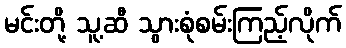
မင်းတို့ သူ့ဆီ သွားစုံစမ်းကြည့်လိုက်